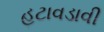
હટાવડાવી